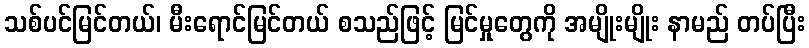
သစ်ပင်မြင်တယ်၊ မီးရောင်မြင်တယ် စသည်ဖြင့် မြင်မှုတွေကို အမျိုးမျိုး နာမည် တပ်ပြီး